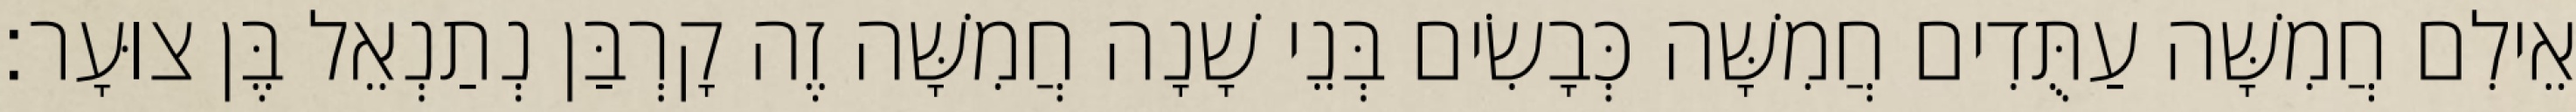
אֵילִם חֲמִשָּׁה עַתֻּדִים חֲמִשָּׁה כְּבָשִׂים בְּנֵי שָׁנָה חֲמִשָּׁה זֶה קָרְבַּן נְתַנְאֵל בֶּן צוּעָר׃